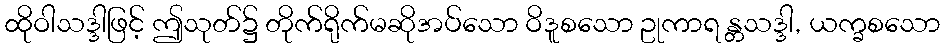
ထိုဝါသဒ္ဒါဖြင့် ဤသုတ်၌ တိုက်ရိုက်မဆိုအပ်သော ဝိဒူစသော ဥုကာရ န္တသဒ္ဒါ, ယက္ခစသော